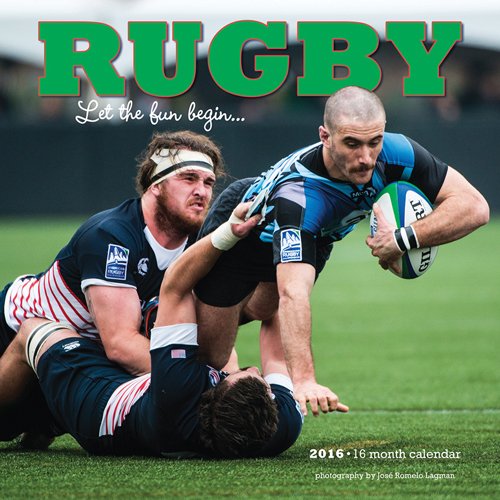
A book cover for Rugby 2016 Square 12x12 Wyman; Browntrout Publishers; Sports & Outdoors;